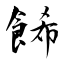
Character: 餙